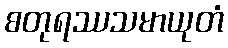
စတုရဿသမာယုတံ